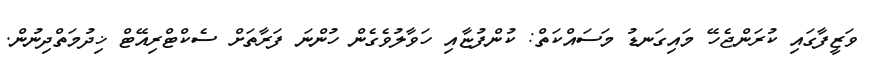
ވަޒީފާގައި ކުރަންޖެހޭ މައިގަނޑު މަސައްކަތް: ކުންފުޏާއި ހަވާލުވެގެން ހުންނަ ފަރާތަށް ސެކްޓްރިއޭޓް ޚިދުމަތްދިނުން.